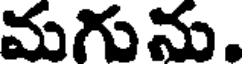
మగును.